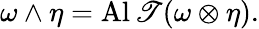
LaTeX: \omega\wedge\eta=\operatorname{Al\mathscr{T}}(\omega\otimes\eta).